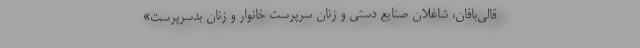
قالی‌بافان، شاغلان صنایع دستی و زنان سرپرست خانوار و زنان بدسرپرست»